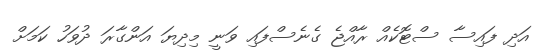
އަދި ފައިސާ ސްޓޮކެއް ރާއްޖެ ގެނެސްފައި ވަނީ މިދިޔަ އަންގާރަ ދުވަހު ކަމަށް